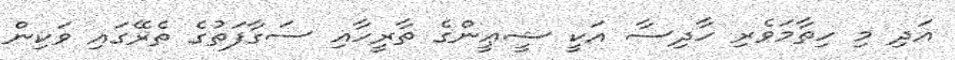
އަދި މި ހިތާމަވެރި ހާދިސާ އަކީ ޝީޢީންގެ ތާރީހާއި ސަގާފަތުގެ ތެރޭގައި ވަކިން